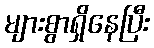
များစွာရှိနေပြီး